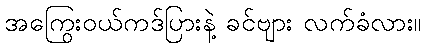
အကြွေးဝယ်ကဒ်ပြားနဲ့ ခင်ဗျား လက်ခံလား။